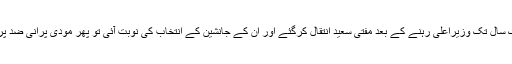
تقریباً ایک سال تک وزیراعلیٰ رہنے کے بعد مفتی سعید انتقال کرگئے اور ان کے جانشین کے انتخاب کی نوبت آئی تو پھر مودی پرانی ضد پر اڑ گئے۔